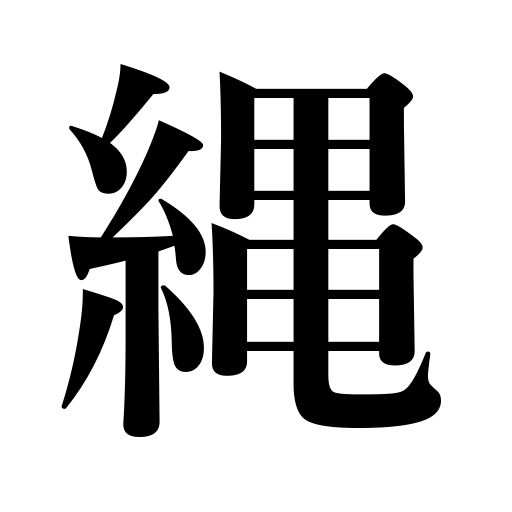
Meanings: cord,rope